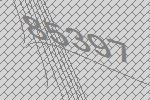
85397